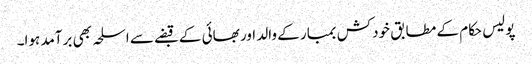
پولیس حکام کے مطابق خودکش بمبار کے والد اور بھائی کے قبضے سے اسلحہ بھی برآمد ہوا۔